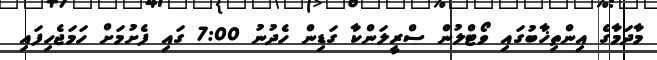
މާދަމާގެ އިންތިޚާބުގައި ވޯޓްލުން ސްރީލަންކާ ގަޑިން ހެދުނު 7:00 ގައި ފެށުމަށް ހަމަޖެހިފައި